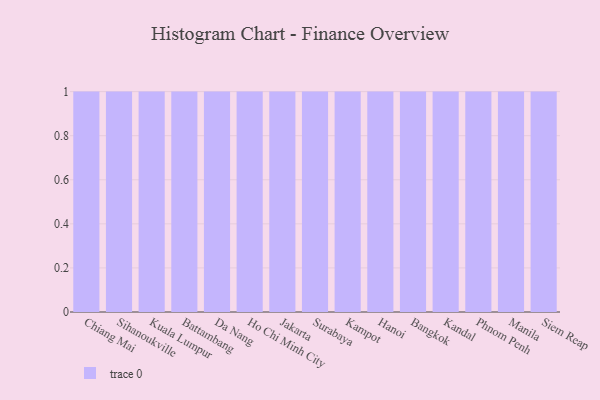
{"axis": {"x": "City", "y": "Demand Index"}, "legend": [""], "data": [{"x": "Chiang Mai", "y": 75, "type": ""}, {"x": "Sihanoukville", "y": 61, "type": ""}, {"x": "Kuala Lumpur", "y": 47, "type": ""}, {"x": "Battambang", "y": 15, "type": ""}, {"x": "Da Nang", "y": 49, "type": ""}, {"x": "Ho Chi Minh City", "y": 5, "type": ""}, {"x": "Jakarta", "y": 26, "type": ""}, {"x": "Surabaya", "y": 21, "type": ""}, {"x": "Kampot", "y": 26, "type": ""}, {"x": "Hanoi", "y": 39, "type": ""}, {"x": "Bangkok", "y": 63, "type": ""}, {"x": "Kandal", "y": 93, "type": ""}, {"x": "Phnom Penh", "y": 10, "type": ""}, {"x": "Manila", "y": 34, "type": ""}, {"x": "Siem Reap", "y": 32, "type": ""}]}